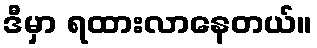
ဒီမှာ ရထားလာနေတယ်။